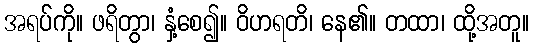
အရပ်ကို။ ဖရိတွာ၊ နှံ့စေ၍။ ဝိဟရတိ၊ နေ၏။ တထာ၊ ထို့အတူ။